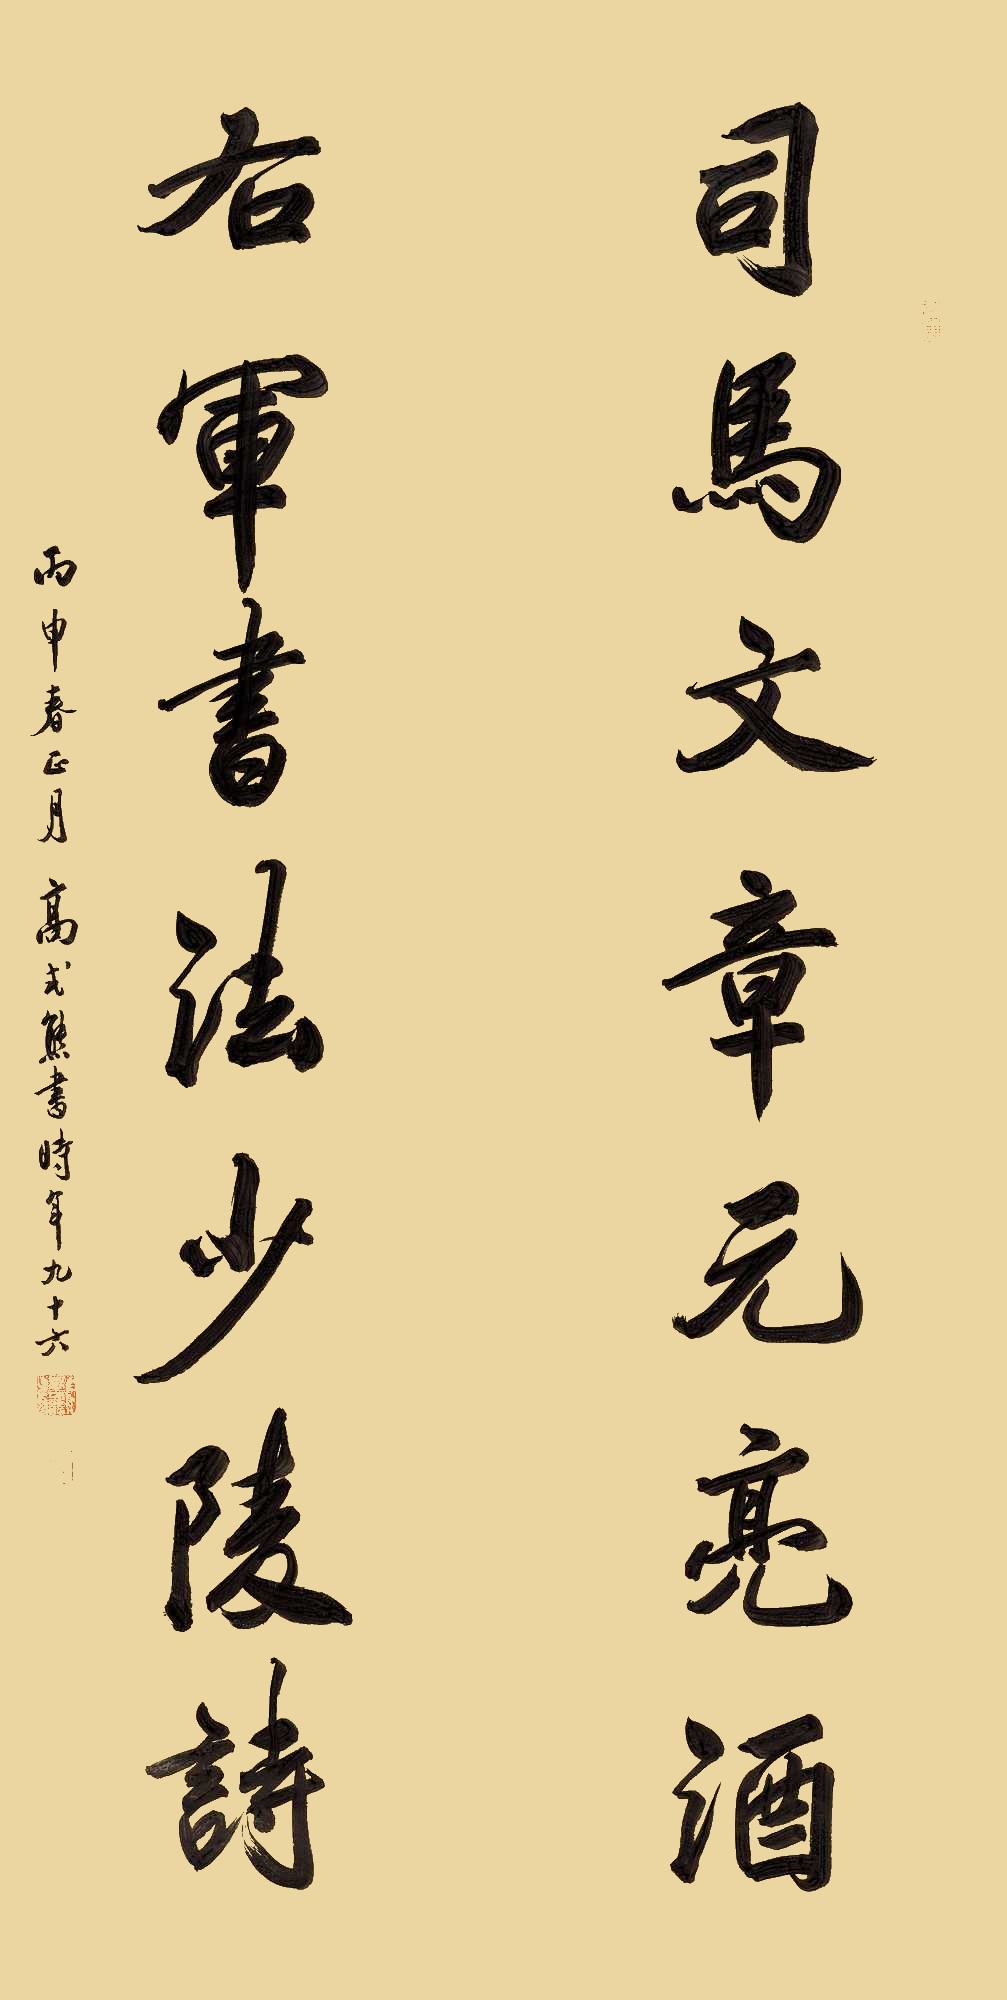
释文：司马文章元亮酒，右军书法少陵诗。丙申春正月高式熊书时年九十六。